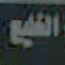
التصليح